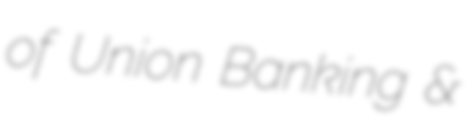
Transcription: of Union Banking &